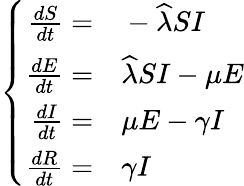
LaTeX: \left\{ \begin{array}{rl}{\frac{dS}{dt}=}&{{}-\widehat{\lambda}SI}\\ {\frac{dE}{dt}=}&{{}\widehat{\lambda}SI-\mu E}\\ {\frac{dI}{dt}=}&{{}\mu E-\gamma I}\\ {\frac{dR}{dt}=}&{{}\gamma I}\end{array}\right.